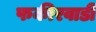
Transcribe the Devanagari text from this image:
फकीरवाडी